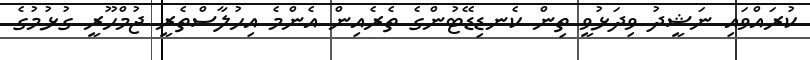
ކުރައްވައި ނަޝީދު ވިދަޅުވީ ތިން ކެނޑިޑޭޓުންގެ ތެރެއިން އެންމެ އިހުލާސްތެރީ ޖުމްހޫރީ ގުޅުމުގެ